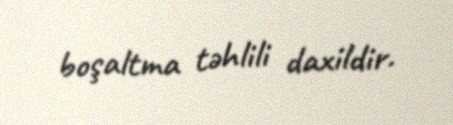
boşaltma təhlili daxildir.